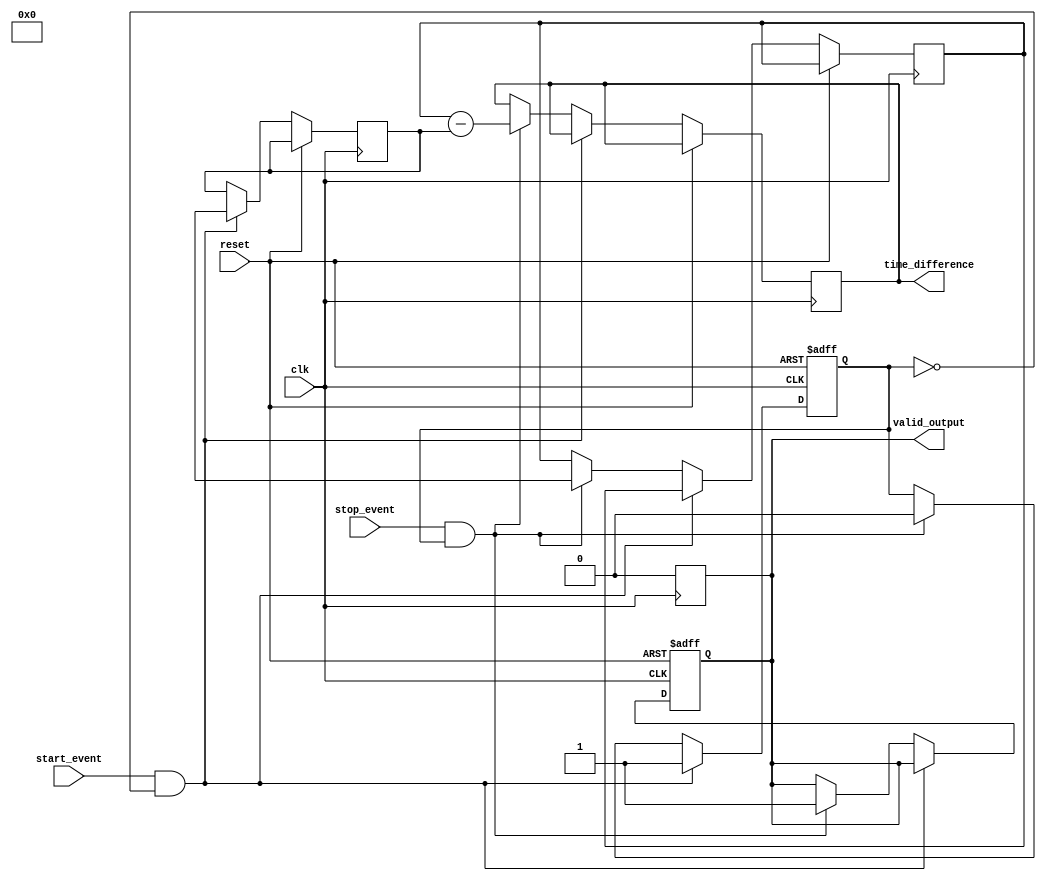
module MemoryBlocksHybridTDC (
    input wire clk,                  // High-frequency clock
    input wire reset,                // Reset signal
    input wire start_event,          // Start event signal
    input wire stop_event,           // Stop event signal
    output reg [31:0] time_difference,// Output time difference
    output reg valid_output           // Indicates valid output
);

    // Parameters
    localparam MEMORY_SIZE = 2;      // Size of memory array (dual-port)
    
    // Internal signals
    reg [31:0] start_timestamp;       // Start timestamp
    reg [31:0] stop_timestamp;        // Stop timestamp
    reg [31:0] memory [0:MEMORY_SIZE-1]; // Memory array for timestamps
    reg [1:0] write_pointer;          // Write pointer for memory
    reg [1:0] read_pointer;           // Read pointer for memory
    reg capturing;                    // State for capturing timestamps

    // Event Capture Logic
    always @(posedge clk or posedge reset) begin
        if (reset) begin
            write_pointer <= 0;
            read_pointer <= 0;
            capturing <= 0;
            valid_output <= 0;
        end else begin
            if (start_event && !capturing) begin
                // Capture start timestamp
                start_timestamp <= $time; // Assuming $time gives current timestamp
                memory[write_pointer] <= start_timestamp;
                write_pointer <= write_pointer + 1;
                capturing <= 1; // Start capturing
            end else if (stop_event && capturing) begin
                // Capture stop timestamp
                stop_timestamp <= $time; // Assuming $time gives current timestamp
                memory[write_pointer] <= stop_timestamp;
                write_pointer <= write_pointer + 1;
                capturing <= 0; // Stop capturing

                // Calculate time difference
                time_difference <= stop_timestamp - start_timestamp;
                valid_output <= 1; // Indicate valid output
            end
        end
    end

    // Output Interface Logic (for demonstration purposes)
    always @(posedge clk) begin
        if (valid_output) begin
            // Output processing can be done here
            // For example, sending the output via SPI/I2C can be implemented
            valid_output <= 0; // Reset valid output after processing
        end
    end

endmodule